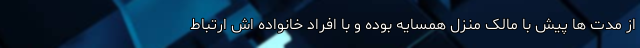
از مدت ها پیش با مالک منزل همسایه بوده و با افراد خانواده اش ارتباط